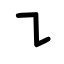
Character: ㇊